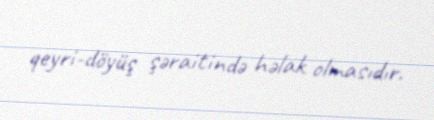
qeyri-döyüş şəraitində həlak olmasıdır.